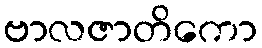
ဗာလဇာတိကော